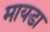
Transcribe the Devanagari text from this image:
मायडा